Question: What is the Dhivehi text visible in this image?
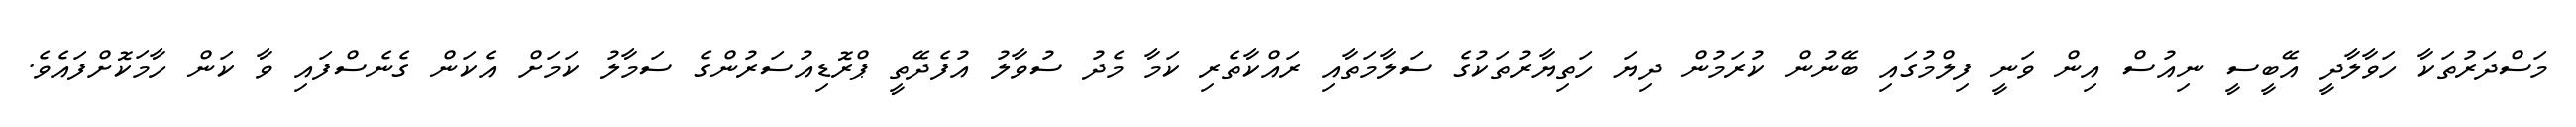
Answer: މަސްދަރުތަކާ ހަވާލާދީ އޭބީސީ ނިއުސް އިން ވަނީ ފިލްމުގައި ބޭނުން ކުރަމުން ދިޔަ ހަތިޔާރުތަކުގެ ސަލާމަތާއި ރައްކާތެރި ކަމާ މެދު ސުވާލު އުފެދޭތީ ޕްރޮޑިއުސަރުންގެ ސަމާލު ކަމަށް އެކަން ގެނެސްފައި ވާ ކަން ހާމަކޮށްފައެވެ.